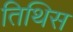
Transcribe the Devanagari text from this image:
तिथिस